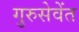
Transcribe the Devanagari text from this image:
गुरुसेवेंत